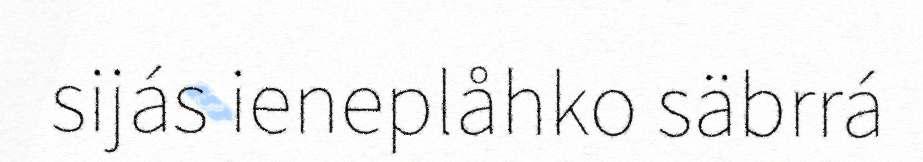
sijás ieneplåhko säbrrá